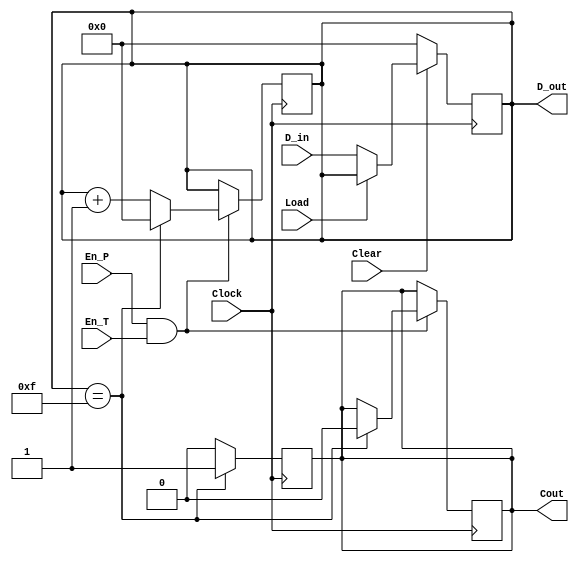
module DM71LS161A (Clear, Clock, Load, En_P, En_T, D_in, D_out, Cout);
	// Defining inputs and outputs
	input Clear, Clock, Load, En_P, En_T;
	input [3:0] D_in;
	output wire [3:0] D_out;
	output reg Cout;
    
reg [3:0]count; 
always @(posedge Clock)  begin
    if (!Clear) begin
        count= 4'b0;
    end
    else if (!Load) begin
        count = D_in;
    end
    
end

always @(posedge Clock) begin
    if (En_P & En_T) begin
    if (count==4'b1111) begin count=4'b0; Cout =0; end
    else 
        count=count+1;
        
    end
end

always @(posedge Clock) begin
    if (count==4'b1111) begin
        Cout = 1;
    end
    else Cout=0;
end
assign D_out = count;
endmodule